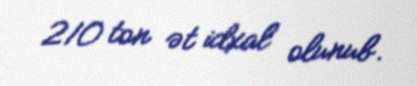
210 ton ət idxal olunub.